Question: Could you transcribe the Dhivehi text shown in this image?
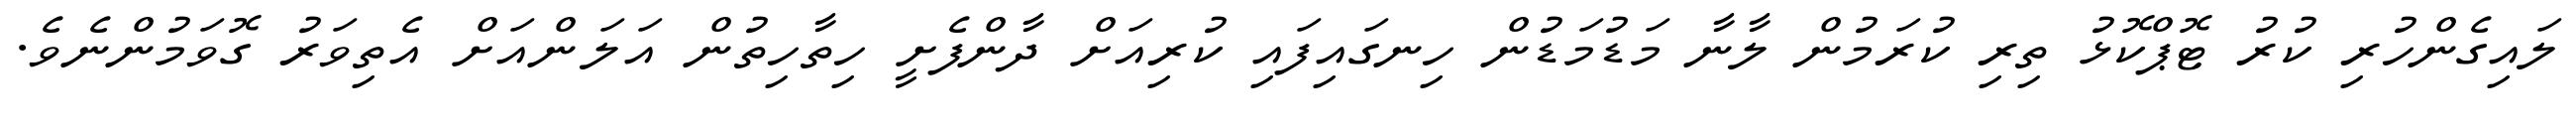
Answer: ލައިގެންހުރި ކުރު ޓޮޕްކޮޅު ތިރި ކުރަމުން ލާނާ މަޑުމަޑުން ހިނގައިފައި ކުރިއަށް ދާންފެށީ ހިތާހިތުން އަލަންއަށް އެތިވަރު ގޮވަމުންނެވެ.